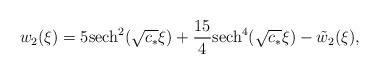
LaTeX: \begin{align*}w_2(\xi) = 5 {\rm sech}^2(\sqrt{c_*}\xi) + \frac{15}{4} {\rm sech}^4(\sqrt{c_*} \xi) - \tilde{w}_2(\xi),\end{align*}